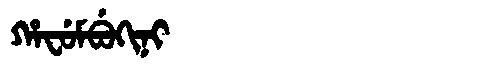
Manchu: ᡥᠠᠸᡠᠮᠪᡠᡴᡳᠨᡳ
Romanization: HAFUMBUKINI